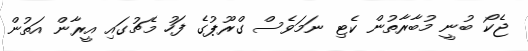
ޖެކޯ ބުނީ މުބާރާތުން ކެޓި ނަމަވެސް ގްރޫޕުގެ ފަހު މެޗުގައި އީރާން އަތުން